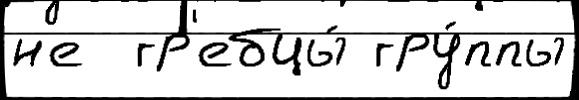
н'е  гр'ебцы́ гру́ппы